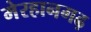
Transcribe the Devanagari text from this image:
मेरहानगढ़